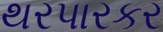
થરપારકર